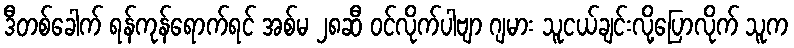
ဒီတစ်ခေါက် ရန်ကုန်ရောက်ရင် အစ်မ ၂၈ဆီ ဝင်လိုက်ပါဗျာ ဂျမား သူငယ်ချင်းလို့ပြောလိုက် သူက